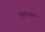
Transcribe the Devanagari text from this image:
१९१५च्या